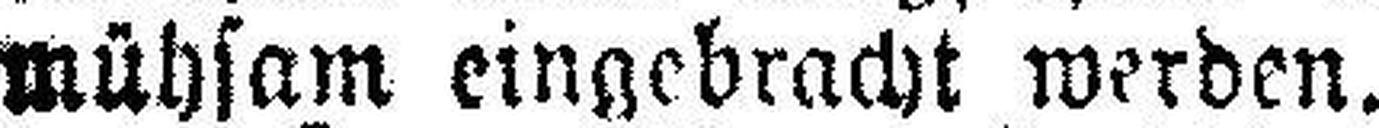
mühsam eingebracht werden.